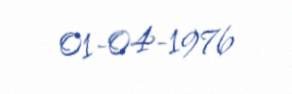
01-04-1976